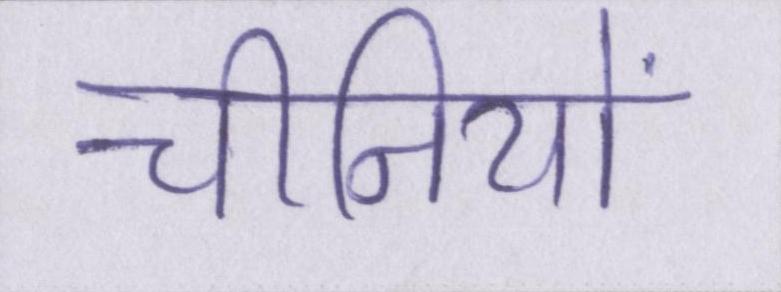
चीनियों